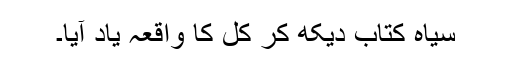
سیاہ کتاب دیکھ کر کل کا واقعہ یاد آیا۔